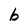
Character: b